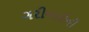
ગરીબાઈની